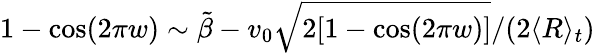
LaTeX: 1-\cos(2\pi w)\sim\tilde{\beta}-v_{0}\sqrt{2[1-\cos(2\pi w)]}/(2\langle R\rangle_{t})